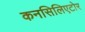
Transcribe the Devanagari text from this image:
कनसिलिएटोर